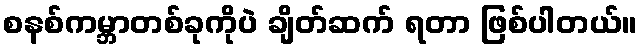
စနစ်ကမ္ဘာတစ်ခုကိုပဲ ချိတ်ဆက် ရတာ ဖြစ်ပါတယ်။